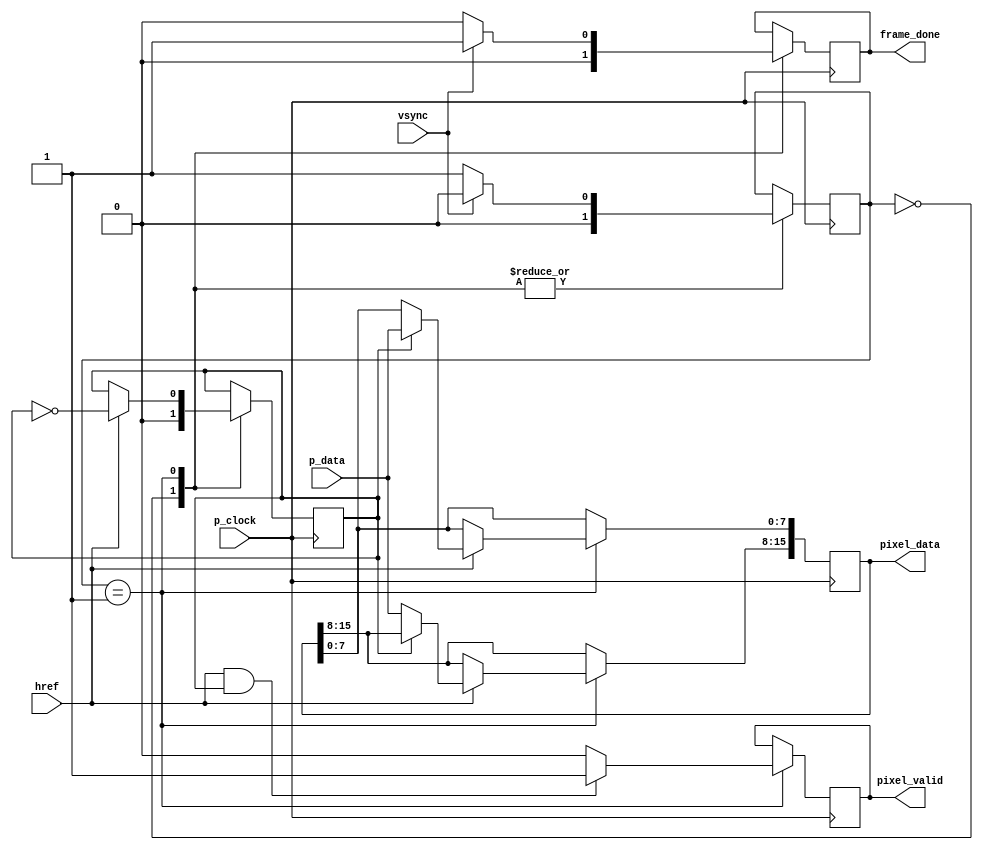
`timescale 1ns / 1ps
module camera_read(
	input wire p_clock,
	input wire vsync,
	input wire href,
	input wire [7:0] p_data,
	output reg [15:0] pixel_data =0,
	output reg pixel_valid = 0,
	output reg frame_done = 0
    );
	 
	
	reg [1:0] FSM_state = 0;
    reg pixel_half = 0;
	
	localparam WAIT_FRAME_START = 0;
	localparam ROW_CAPTURE = 1;
	
	
	always@(posedge p_clock)
	begin 
	
	case(FSM_state)
	
	WAIT_FRAME_START: begin //wait for VSYNC
	   FSM_state <= (!vsync) ? ROW_CAPTURE : WAIT_FRAME_START;
	   frame_done <= 0;
	   pixel_half <= 0;
	end
	
	ROW_CAPTURE: begin 
	   FSM_state <= vsync ? WAIT_FRAME_START : ROW_CAPTURE;
	   frame_done <= vsync ? 1 : 0;
	   pixel_valid <= (href && pixel_half) ? 1 : 0; 
	   if (href) begin
	       pixel_half <= ~ pixel_half;
	       if (pixel_half) pixel_data[7:0] <= p_data;
	       else pixel_data[15:8] <= p_data;
	   end
	end
	
	
	endcase
	end
	
endmodule